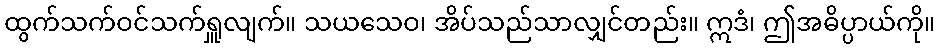
ထွက်သက်ဝင်သက်ရှူလျက်။ သယသေဝ၊ အိပ်သည်သာလျှင်တည်း။ ဣဒံ၊ ဤအဓိပ္ပာယ်ကို။